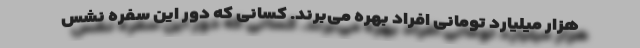
هزار میلیارد تومانی افراد بهره می‌برند. کسانی که دور این سفره نشس